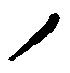
ノ